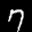
Label: 7